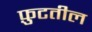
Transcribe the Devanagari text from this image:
फ़ुटतील